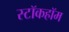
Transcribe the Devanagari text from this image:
स्टॉकहॉम